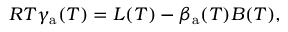
R T \gamma _ { \mathrm { a } } ( T ) = L ( T ) - \beta _ { \mathrm { a } } ( T ) B ( T ) ,